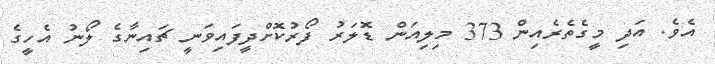
އެވެ. އަދި މީގެތެރެއިން 373 މިލިއަން ޑޮލަރު ފޯރުކޮށްދީފައިވަނީ ޗައިނާގެ ލޯނު އެހީގެ